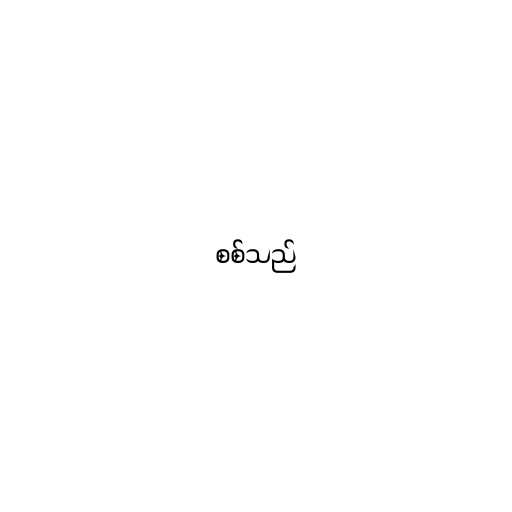
စစ်သည်